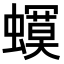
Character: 𧒳